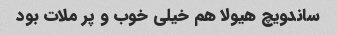
ساندویچ هیولا هم خیلی خوب و پر ملات بود